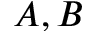
A , B